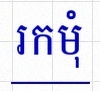
រកមុំ